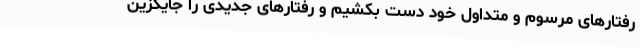
رفتارهای مرسوم و متداول خود دست بکشیم و رفتارهای جدیدی را جایگزین